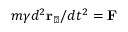
m \gamma d ^ { 2 } { \bf r } _ { \perp } / d t ^ { 2 } = { \bf F }